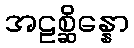
အဠစ္ဆိန္နော